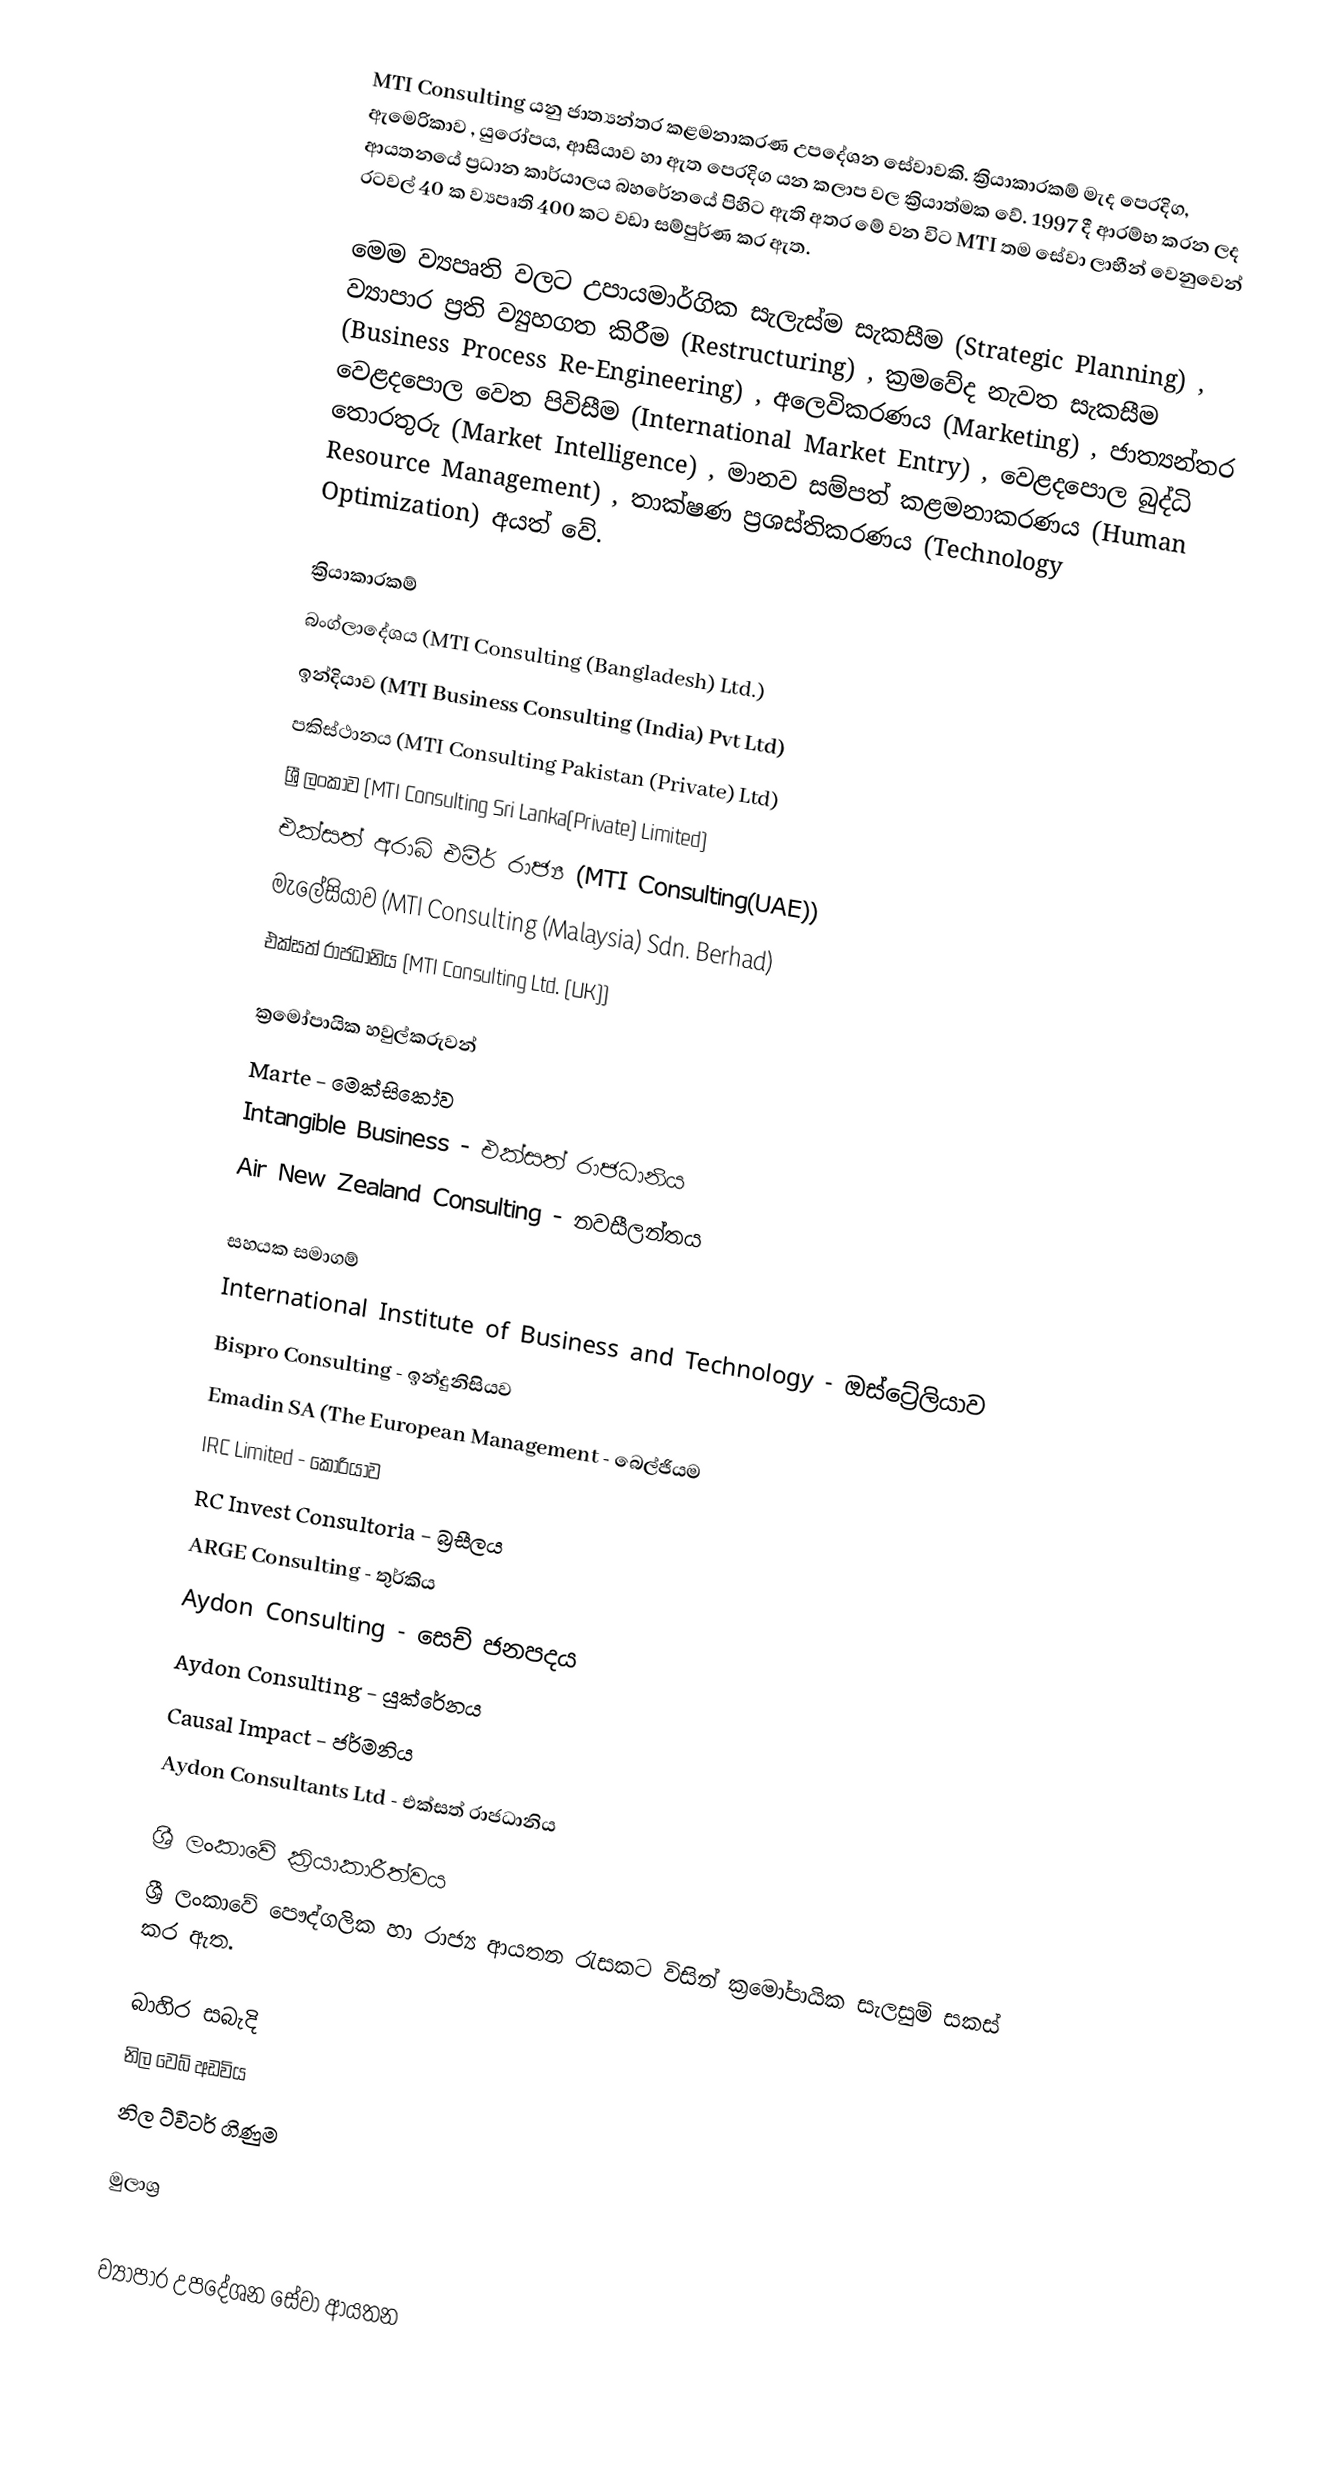
MTI Consulting යනු ජාත්‍යන්තර කළමනාකරණ උපදේශන සේවාවකි. ක්‍රියාකාරකම් මැද පෙරදිග, ඇමෙරිකාව , යුරෝපය, ආසියාව හා ඇත පෙරදිග යන කලාප වල ක්‍රියාත්මක වේ. 1997 දී ආරම්භ කරන ලද ආයතනයේ ප්‍රධාන කාර්යාලය බහරේනයේ පිහිට ඇති අතර  මේ වන විට MTI තම සේවා ලාභීන් වෙනුවෙන් රටවල් 40 ක ව්‍යපෘති 400 කට වඩා සම්පුර්ණ කර ඇත.

මෙම ව්‍යපෘති වලට උපායමාර්ගික සැලැස්ම සැකසීම (Strategic Planning) , ව්‍යාපාර ප්‍රති ව්‍යුහගත කිරීම (Restructuring)  , ක්‍රමවේද නැවත සැකසීම (Business Process Re-Engineering) , අලෙවිකරණය (Marketing) , ජාත්‍යන්තර වෙළදපොල වෙත පිවිසීම (International Market Entry) , වෙළදපොල බුද්ධි තොරතුරු (Market Intelligence) , මානව සම්පත් කළමනාකරණය (Human Resource Management) , තාක්ෂණ  ප්‍රශස්තිකරණය (Technology Optimization) අයත් වේ.

ක්‍රියාකාරකම්
 බංග්ලාදේශය (MTI Consulting (Bangladesh) Ltd.)
 ඉන්දියාව (MTI Business Consulting (India) Pvt Ltd)
 පකිස්ථානය (MTI Consulting Pakistan (Private) Ltd)
 ශ්‍රී ලංකාව (MTI Consulting Sri Lanka(Private) Limited)
 එක්සත් අරාබි එමීර් රාජ්‍ය (MTI Consulting(UAE))
 මැලේසියාව (MTI Consulting (Malaysia) Sdn. Berhad)
 එක්සත් රාජධානිය (MTI Consulting Ltd. (UK))

ක්‍රමෝපායික හවුල්කරුවන්
 Marte - මෙක්සිකෝව
 Intangible Business - එක්සත් රාජධානිය
 Air New Zealand Consulting - නවසීලන්තය

සහයක සමාගම්
 International Institute of Business and Technology - ඔස්ට්‍රේලියාව
 Bispro Consulting - ඉන්දුනිසියව
 Emadin SA (The European Management - බෙල්ජියම
 IRC Limited - කොරියාව
 RC Invest Consultoria - බ්‍රසීලය
 ARGE Consulting - තුර්කිය
 Aydon Consulting - සෙච් ජනපදය
 Aydon Consulting - යුක්රේනය
 Causal Impact - ජර්මනිය
 Aydon Consultants Ltd - එක්සත් රාජධානිය

ශ්‍රී ලංකාවේ ක්‍රියාකාරීත්වය
ශ්‍රී ලංකාවේ පෞද්ගලික හා රාජ්‍ය ආයතන රැසකට විසින් ක්‍රමෝපායික සැලසුම් සකස් කර ඇත.

බාහිර සබැදි
නිල වෙබ් අඩවිය
 නිල ට්විටර් ගිණුම

මුලාශ්‍ර

ව්‍යාපාර උපදේශන සේවා ආයතන